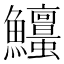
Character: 𩽱